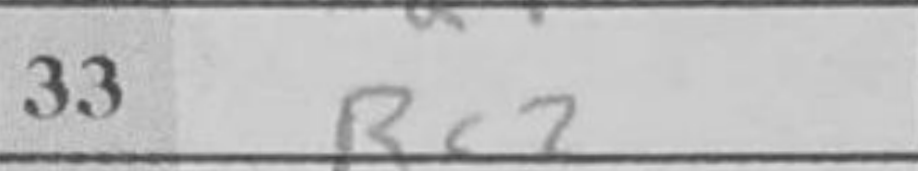
Transcription: Rc7